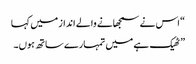
“ اس نے سمجھانے والے انداز میں کہا
” ٹھیک ہے میں تمہارے ساتھ ہوں۔